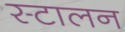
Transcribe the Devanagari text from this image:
स्टालन